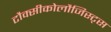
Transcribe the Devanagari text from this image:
टौक्सीकोलौजिस्ट्स